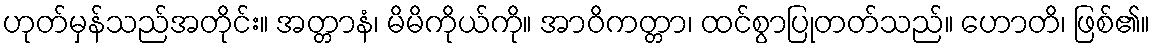
ဟုတ်မှန်သည်အတိုင်း။ အတ္တာနံ၊ မိမိကိုယ်ကို။ အာဝိကတ္တာ၊ ထင်စွာပြုတတ်သည်။ ဟောတိ၊ ဖြစ်၏။